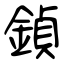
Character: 鍞